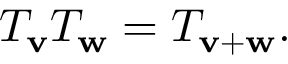
T _ { \mathbf { v } } T _ { \mathbf { w } } = T _ { \mathbf { v } + \mathbf { w } } .